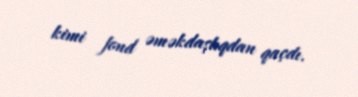
kimi fond əməkdaşlıqdan qaçdı.